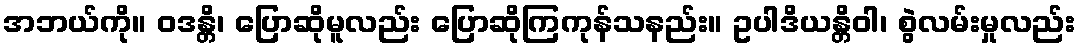
အဘယ်ကို။ ဝဒန္တိ၊ ပြောဆိုမူလည်း ပြောဆိုကြကုန်သနည်း။ ဥပါဒိယန္တိဝါ၊ စွဲလမ်းမှုလည်း